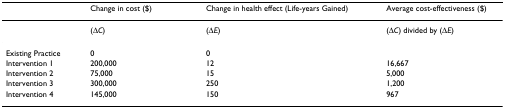
<table><thead><tr><td></td><td><b>Change in cost ($)</b></td><td><b>Change in health effect (Life-years Gained)</b></td><td><b>Average cost-effectiveness ($)</b></td></tr></thead><tbody><tr><td></td><td>(Δ<i>C</i>)</td><td>(Δ<i>E</i>)</td><td>(Δ<i>C</i>) divided by (Δ<i>E</i>)</td></tr><tr><td>Existing Practice</td><td>0</td><td>0</td><td></td></tr><tr><td>Intervention 1</td><td>200,000</td><td>12</td><td>16,667</td></tr><tr><td>Intervention 2</td><td>75,000</td><td>15</td><td>5,000</td></tr><tr><td>Intervention 3</td><td>300,000</td><td>250</td><td>1,200</td></tr><tr><td>Intervention 4</td><td>145,000</td><td>150</td><td>967</td></tr></tbody></table>